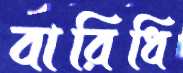
বারিধি